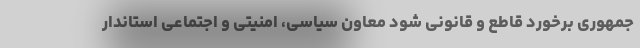
جمهوری برخورد قاطع و قانونی شود معاون سیاسی، امنیتی و اجتماعی استاندار